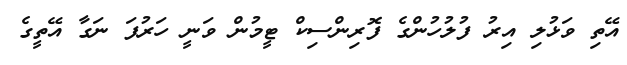
އޭތި ވަޅުލި އިރު ފުލުހުންގެ ފޮރިންސިކް ޓީމުން ވަނީ ހަރުފަ ނަގާ އޭތީގެ